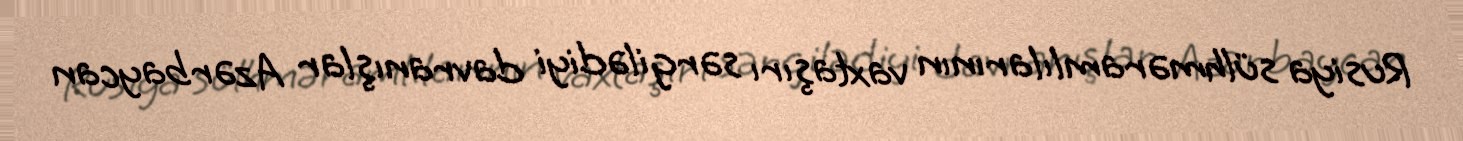
Rusiya sülhməramlılarının vaxtaşırı sərgilədiyi davranışlar Azərbaycan